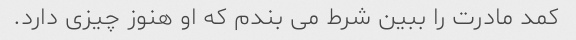
کمد مادرت را ببین شرط می بندم که او هنوز چیزی دارد.